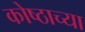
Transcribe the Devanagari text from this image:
कोष्ठाच्या